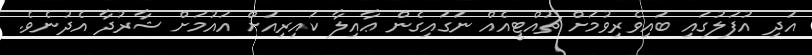
އަދި އުފަލުގައި ބައިވެރިވުމަށް ޗުއްޓީއެއް ނަގައިގެން ޢާއިލާ ކައިރިއަށް އައުމަށް ޝާރުދާ އެދުނެވެ.